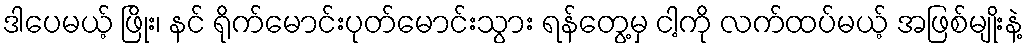
ဒါပေမယ့် ဖြိုး၊ နင် ရိုက်မောင်းပုတ်မောင်းသွား ရန်တွေ့မှ ငါ့ကို လက်ထပ်မယ့် အဖြစ်မျိုးနဲ့